Civil Veterinary Dept. Bombay admin report 1932-41 - 1932-1941
Year: 1932
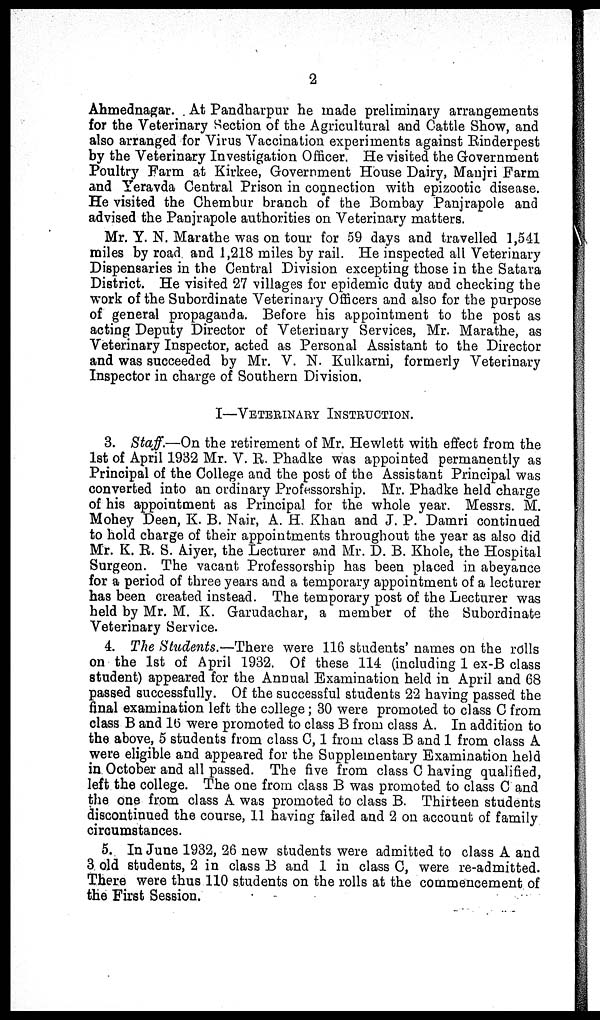
2
Ahmednagar. At Pandharpur he made preliminary arrangements
for the Veterinary Section of the Agricultural and Cattle Show, and
also arranged for Virus Vaccination experiments against Rinderpest
by the Veterinary Investigation Officer. He visited the Government
Poultry Farm at Kirkee, Government House Dairy, Manjri Farm
and Yeravda Central Prison in connection with epizootic disease.
He visited the Chembur branch of the Bombay Panjrapole and
advised the Panjrapole authorities on Veterinary matters.
Mr. Y. N. Marathe was on tour for 59 days and travelled 1,541
miles by road and 1,218 miles by rail. He inspected all Veterinary
Dispensaries in the Central Division excepting those in the Satara
District. He visited 27 villages for epidemic duty and checking the
work of the Subordinate Veterinary Officers and also for the purpose
of general propaganda. Before his appointment to the post as
acting Deputy Director of Veterinary Services, Mr. Marathe, as
Veterinary Inspector, acted as Personal Assistant to the Director
and was succeeded by Mr. V. N. Kulkarni, formerly Veterinary
Inspector in charge of Southern Division.
I—VETERINARY INSTRUCTION.
3. Staff.—On the retirement of Mr. Hewlett with effect from the
1st of April 1932 Mr. V. R. Phadke was appointed permanently as
Principal of the College and the post of the Assistant Principal was
converted into an ordinary Professorship. Mr. Phadke held charge
of his appointment as Principal for the whole year. Messrs. M.
Mohey Deen, K. B. Nair, A. H. Khan and J. P. Damri continued
to hold charge of their appointments throughout the year as also did
Mr. K. R. S. Aiyer, the Lecturer and Mr. D. B. Khole, the Hospital
Surgeon. The vacant Professorship has been placed in abeyance
for a period of three years and a temporary appointment of a lecturer
has been created instead. The temporary post of the Lecturer was
held by Mr. M. K. Garudachar, a member of the Subordinate
Veterinary Service.
4. The Students.—There were 116 students' names on the rolls
on the 1st of April 1932. Of these 114 (including 1 ex-B class
student) appeared for the Annual Examination held in April and 68
passed successfully. Of the successful students 22 having passed the
final examination left the college; 30 were promoted to class C from
class B and 16 were promoted to class B from class A. In addition to
the above, 5 students from class C, 1 from class B and 1 from class A
were eligible and appeared for the Supplementary Examination held
in October and all passed. The five from class C having qualified,
left the college. The one from class B was promoted to class C and
the one from class A was promoted to class B. Thirteen students
discontinued the course, 11 having failed and 2 on account of family
circumstances.
5. In June 1932, 26 new students were admitted to class A and
3 old students, 2 in class B and 1 in class C, were re-admitted.
There were thus 110 students on the rolls at the commencement of
the First Session.